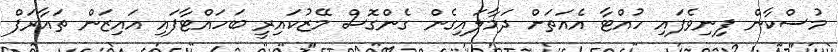
މުސްކާން ފިނިވެފައި ހުއްޓާ އެއަތަށް ދަމާލައިގެން ގެންގޮސް މޭޒުކައިރީ ބަހައްޓާފައި އައިޒަން ތައާރަފް